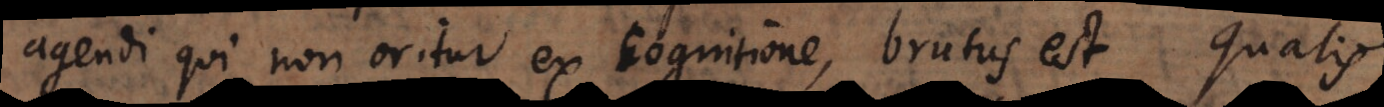
agendi qui non oritur ex cognitione, brutus est. Qualis